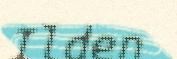
Ilden